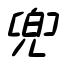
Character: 兜